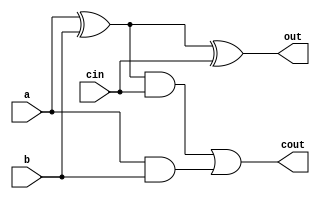
`timescale 1ns / 1ps
//////////////////////////////////////////////////////////////////////////////////
// Company: 
// Engineer: 
// 
// Design Name: 
// Module Name: fouradder
// Project Name: 
// Target Devices: 
// Tool Versions: 
// Description: 
// 
// Dependencies: 
// 
// Revision:
// Revision 0.01 - File Created
// Additional Comments:
// 
//////////////////////////////////////////////////////////////////////////////////


module bitadder(
    input a,
    input  b,
    input cin,
    output out,
    output cout
    );
    
    wire axorb,a_b,x_n,xxorn;
    assign  axorb=a^b;
    assign  a_b=a&b;
    assign  x_n=axorb&cin;
    assign  xxorn=axorb^cin;
    assign  cout=x_n|a_b;
    assign out=xxorn;
    
endmodule